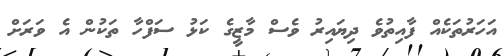
އަހަރުތަކެއް ފާއިތުވެ ދިޔައިރު ވެސް މާޒީގެ ކަޅު ސަފްހާ ތަކުން އެ ވަރަށް